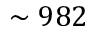
\sim 9 8 2